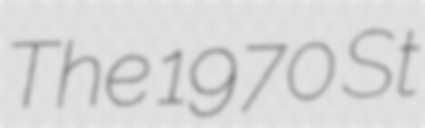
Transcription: The 1970 St